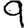
Digit: 9